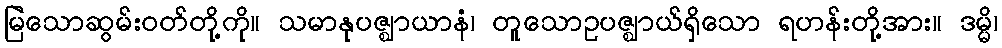
မြဲသောဆွမ်းဝတ်တို့ကို။ သမာနုပဇ္ဈာယာနံ၊ တူသောဥပဇ္ဈာယ်ရှိသော ရဟန်းတို့အား။ ဒမ္မိ၊